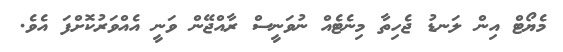
މެޔޯޓް އިން ލަނޑު ޖެހިތާ މިނެޓެއް ނުވަނީސް ރާއްޖޭން ވަނީ އެއްވަރުކޮށްފަ އެވެ.